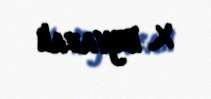
X. Eyvazalı